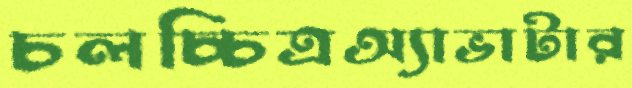
চলচ্চিত্রঅ্যাভাটার